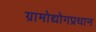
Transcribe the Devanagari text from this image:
ग्रामोद्योगप्रधान